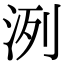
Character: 洌